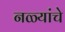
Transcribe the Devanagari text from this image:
नळ्यांचे